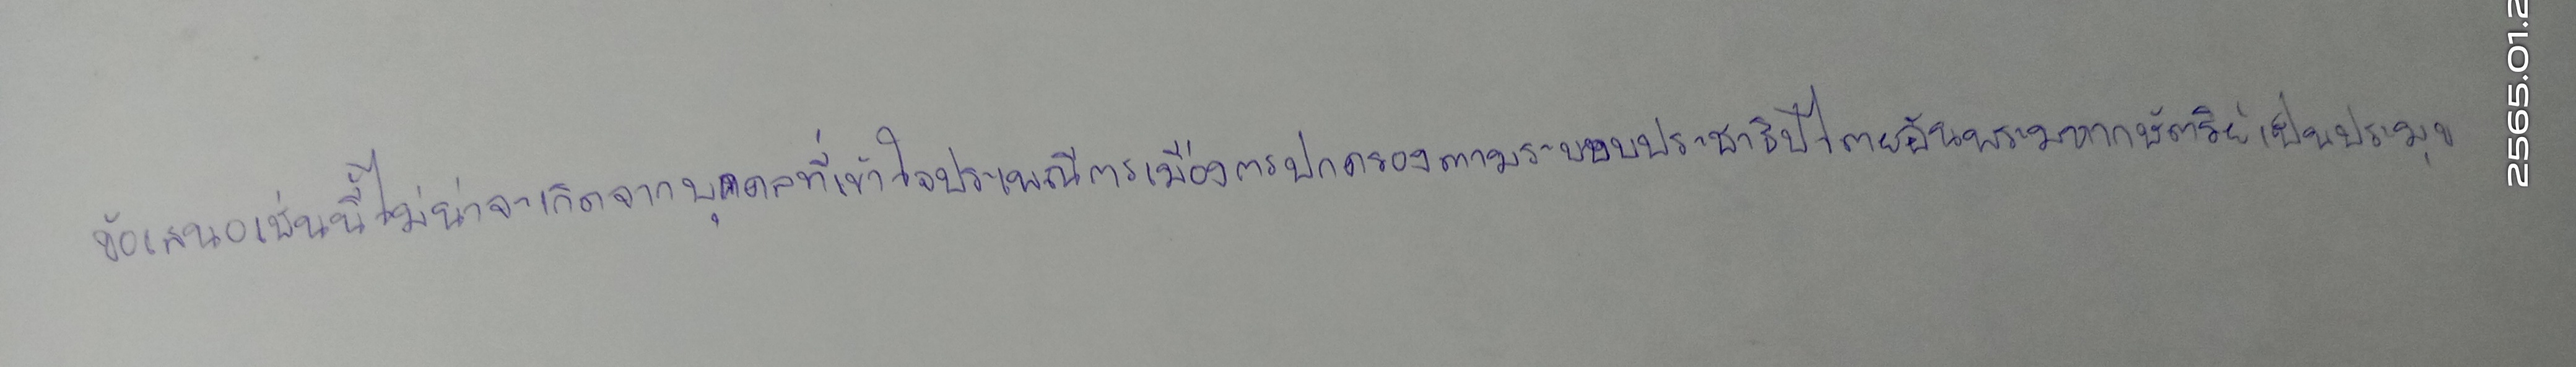
ข้อเสนอเช่นนี้ไม่น่าจะเกิดจากบุคคลที่เข้าใจประเพณีการเมืองการปกครองตามระบอบประชาธิปไตยอันพระมหากษัตริย์เป็นประมุข